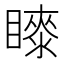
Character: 𭿤